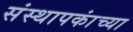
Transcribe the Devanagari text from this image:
संस्थापकांच्या